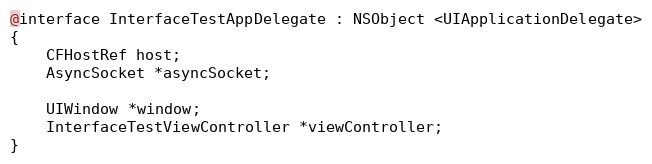
Language: C
@interface InterfaceTestAppDelegate : NSObject <UIApplicationDelegate>
{
	CFHostRef host;
	AsyncSocket *asyncSocket;

	UIWindow *window;
	InterfaceTestViewController *viewController;
}